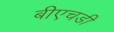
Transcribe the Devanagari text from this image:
बीएचडी